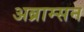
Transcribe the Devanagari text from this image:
अब्राम्सन